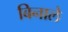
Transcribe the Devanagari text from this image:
बिनाले